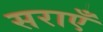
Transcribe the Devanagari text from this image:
सराएँ